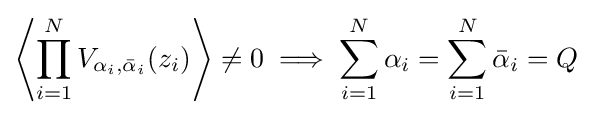
\left\langle \prod _{i=1}^{N}V_{\alpha _{i},{\bar {\alpha }}_{i}}(z_{i})\right\rangle \neq 0\implies \sum _{i=1}^{N}\alpha _{i}=\sum _{i=1}^{N}{\bar {\alpha }}_{i}=Q